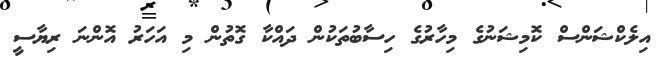
އިލެކްޝަންސް ކޮމިޝަނުގެ މިހާރުގެ ހިސާބުތަކުން ދައްކާ ގޮތުން މި އަހަރު އޮންނަ ރިޔާސީ